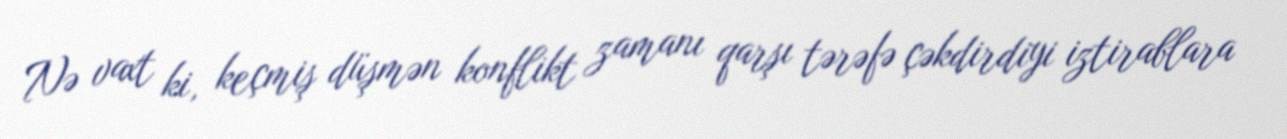
Nə vaxt ki, keçmiş düşmən konflikt zamanı qarşı tərəfə çəkdirdiyi iztirablara